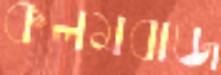
কলমবাজ